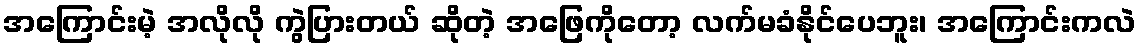
အကြောင်းမဲ့ အလိုလို ကွဲပြားတယ် ဆိုတဲ့ အဖြေကိုတော့ လက်မခံနိုင်ပေဘူး၊ အကြောင်းကလဲ